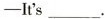
-It's___.